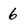
Character: 6